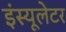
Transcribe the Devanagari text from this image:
इंस्यूलेटर